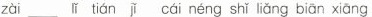
zài lǐ tián jǐ cái néng shǐ liǎng biān xiāng